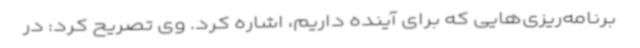
برنامه‌ریزی‌هایی که برای آینده داریم، اشاره کرد. وی تصریح کرد: در